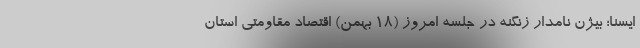
ایسنا؛ بیژن نامدار زنگنه در جلسه امروز (۱۸ بهمن) اقتصاد مقاومتی استان